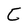
Character: C